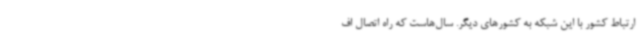
ارتباط کشور با این شبکه به کشورهای دیگر. سال‌هاست که راه اتصال اف